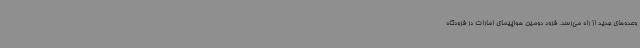
وعده‌های جدید از راه می‌رسد. فرود دومین هواپیمای امارات در فرودگاه